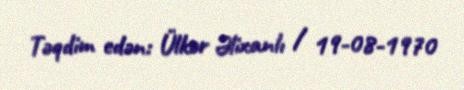
Təqdim edən: Ülkər Əlixanlı / 19-08-1970